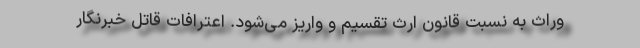
وراث به نسبت قانون ارث تقسیم و واریز می‌شود. اعترافات قاتل خبرنگار